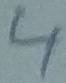
Text: 4